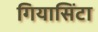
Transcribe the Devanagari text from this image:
गियासिंटा